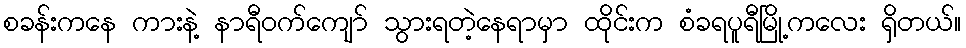
စခန်းကနေ ကားနဲ့ နာရီဝက်ကျော် သွားရတဲ့နေရာမှာ ထိုင်းက စံခရပူရီမြို့ကလေး ရှိတယ်။